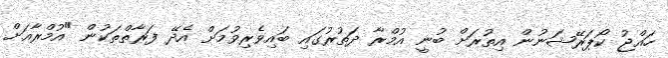
ހައްޖު ކޯޕަރޭޝަނުން އިތުރަށް ބުނީ އުމްރާ ދަތުރުގައި ބައިވެރިވުމަށް އެދޭ ފަރާތްތަކުން "އުމްރާއަށް